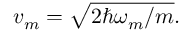
v _ { m } = \sqrt { 2 \hbar \omega _ { m } / m } .